Indian Medical Review
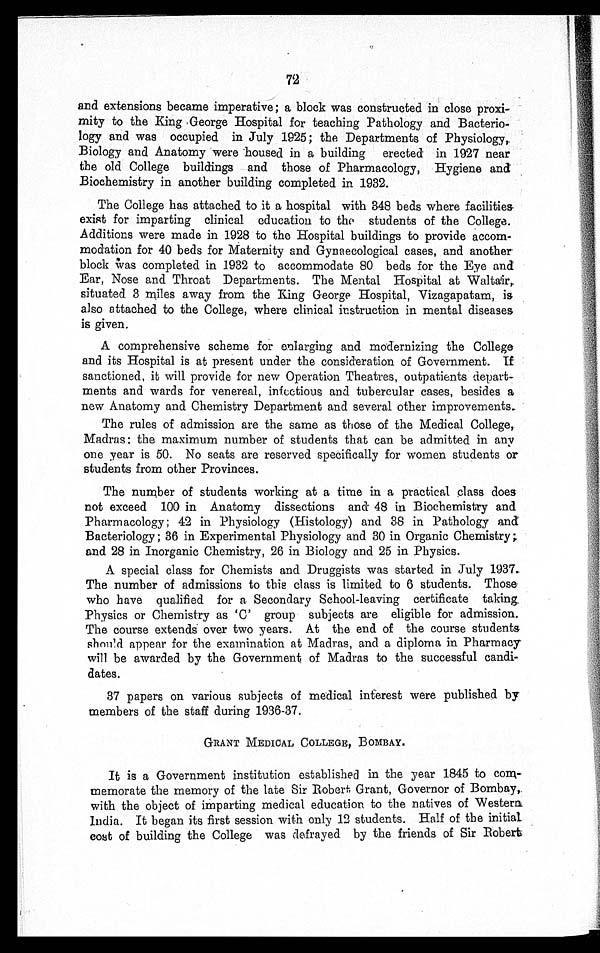
72
and extensions became imperative; a block was constructed in close proxi-
mity to the King George Hospital for teaching Pathology and Bacterio-
logy and was occupied in July 1925; the Departments of Physiology,
Biology and Anatomy were housed in a building erected in 1927 near
the old College buildings and those of Pharmacology, Hygiene and
Biochemistry in another building completed in 1932.
The College has attached to it a hospital with 348 beds where facilities
exist for imparting clinical education to the students of the College.
Additions were made in 1928 to the Hospital buildings to provide accom-
modation for 40 beds for Maternity and Gynaecological cases, and another
block was completed in 1932 to accommodate 80 beds for the Eye and
Ear, Nose and Throat Departments. The Mental Hospital at Waltair,
situated 3 miles away from the King George Hospital, Vizagapatam, is
also attached to the College, where clinical instruction in mental diseases
is given.
A comprehensive scheme for enlarging and modernizing the College
and its Hospital is at present under the consideration of Government. If
sanctioned, it will provide for new Operation Theatres, outpatients depart-
ments and wards for venereal, infectious and tubercular cases, besides a
new Anatomy and Chemistry Department and several other improvements_
The rules of admission are the same as those of the Medical College,
Madras; the maximum number of students that can be admitted in any
one year is 50. No seats are reserved specifically for women students or
students from other Provinces.
The number of students working at a time in a practical class does
not exceed 100 in Anatomy dissections and 48 in Biochemistry and
Pharmacology; 42 in Physiology (Histology) and 38 in Pathology and
Bacteriology ; 36 in Experimental Physiology and 30 in Organic Chemistry;
and 28 in Inorganic Chemistry, 26 in Biology and 25 in Physics.
A special class for Chemists and Druggists was started in July 1937.
The number of admissions to this class is limited to 6 students. Those
who have qualified for a Secondary School-leaving certificate taking.
Physics or Chemistry as 'C' group subjects are eligible for admission.
The course extends over two years. At the end of the course students
should appear for the examination at Madras, and a diploma in Pharmacy
will be awarded by the Government of Madras to the successful candi-
dates.
37 papers on various subjects of medical interest were published by
members of the staff during 1936-37.
GRANT MEDICAL COLLEGE, BOMBAY.
It is a Government institution established in the year 1845 to com-
memorate the memory of the late Sir Robert Grant, Governor of Bombay,
with the object of imparting medical education to the natives of Western
India. It began its first session with only 12 students. Half of the initial
cost of building the College was defrayed by the friends of Sir Robert